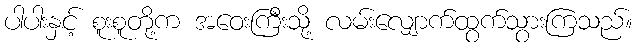
ပါပါးနှင့် စူးစူတို့က အဝေးကြီးသို့ လမ်းလျှောက်ထွက်သွားကြသည်။